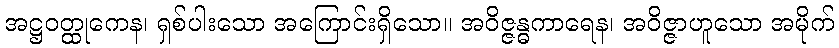
အဋ္ဌဝတ္ထုကေန၊ ရှစ်ပါးသော အကြောင်းရှိသော။ အဝိဇ္ဇန္ဓကာရေန၊ အဝိဇ္ဇာဟူသော အမိုက်